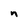
Character: n